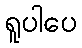
ရူပါပေ